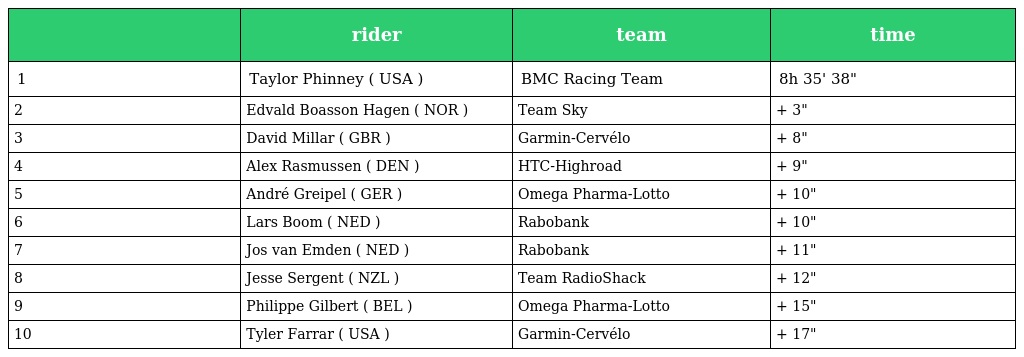
|  | rider | team | time |
 | --- | --- | --- | --- |
 | 1 | Taylor Phinney ( USA ) | BMC Racing Team | 8h 35' 38" |
 | 2 | Edvald Boasson Hagen ( NOR ) | Team Sky | + 3" |
 | 3 | David Millar ( GBR ) | Garmin-Cervélo | + 8" |
 | 4 | Alex Rasmussen ( DEN ) | HTC-Highroad | + 9" |
 | 5 | André Greipel ( GER ) | Omega Pharma-Lotto | + 10" |
 | 6 | Lars Boom ( NED ) | Rabobank | + 10" |
 | 7 | Jos van Emden ( NED ) | Rabobank | + 11" |
 | 8 | Jesse Sergent ( NZL ) | Team RadioShack | + 12" |
 | 9 | Philippe Gilbert ( BEL ) | Omega Pharma-Lotto | + 15" |
 | 10 | Tyler Farrar ( USA ) | Garmin-Cervélo | + 17" |